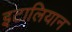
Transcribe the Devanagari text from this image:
इटालियान